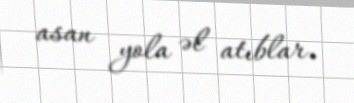
asan yola əl atıblar.